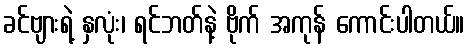
ခင်ဗျားရဲ့ နှလုံး၊ ရင်ဘတ်နဲ့ ဗိုက် အကုန် ကောင်းပါတယ်။